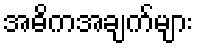
အဓိကအချက်များ